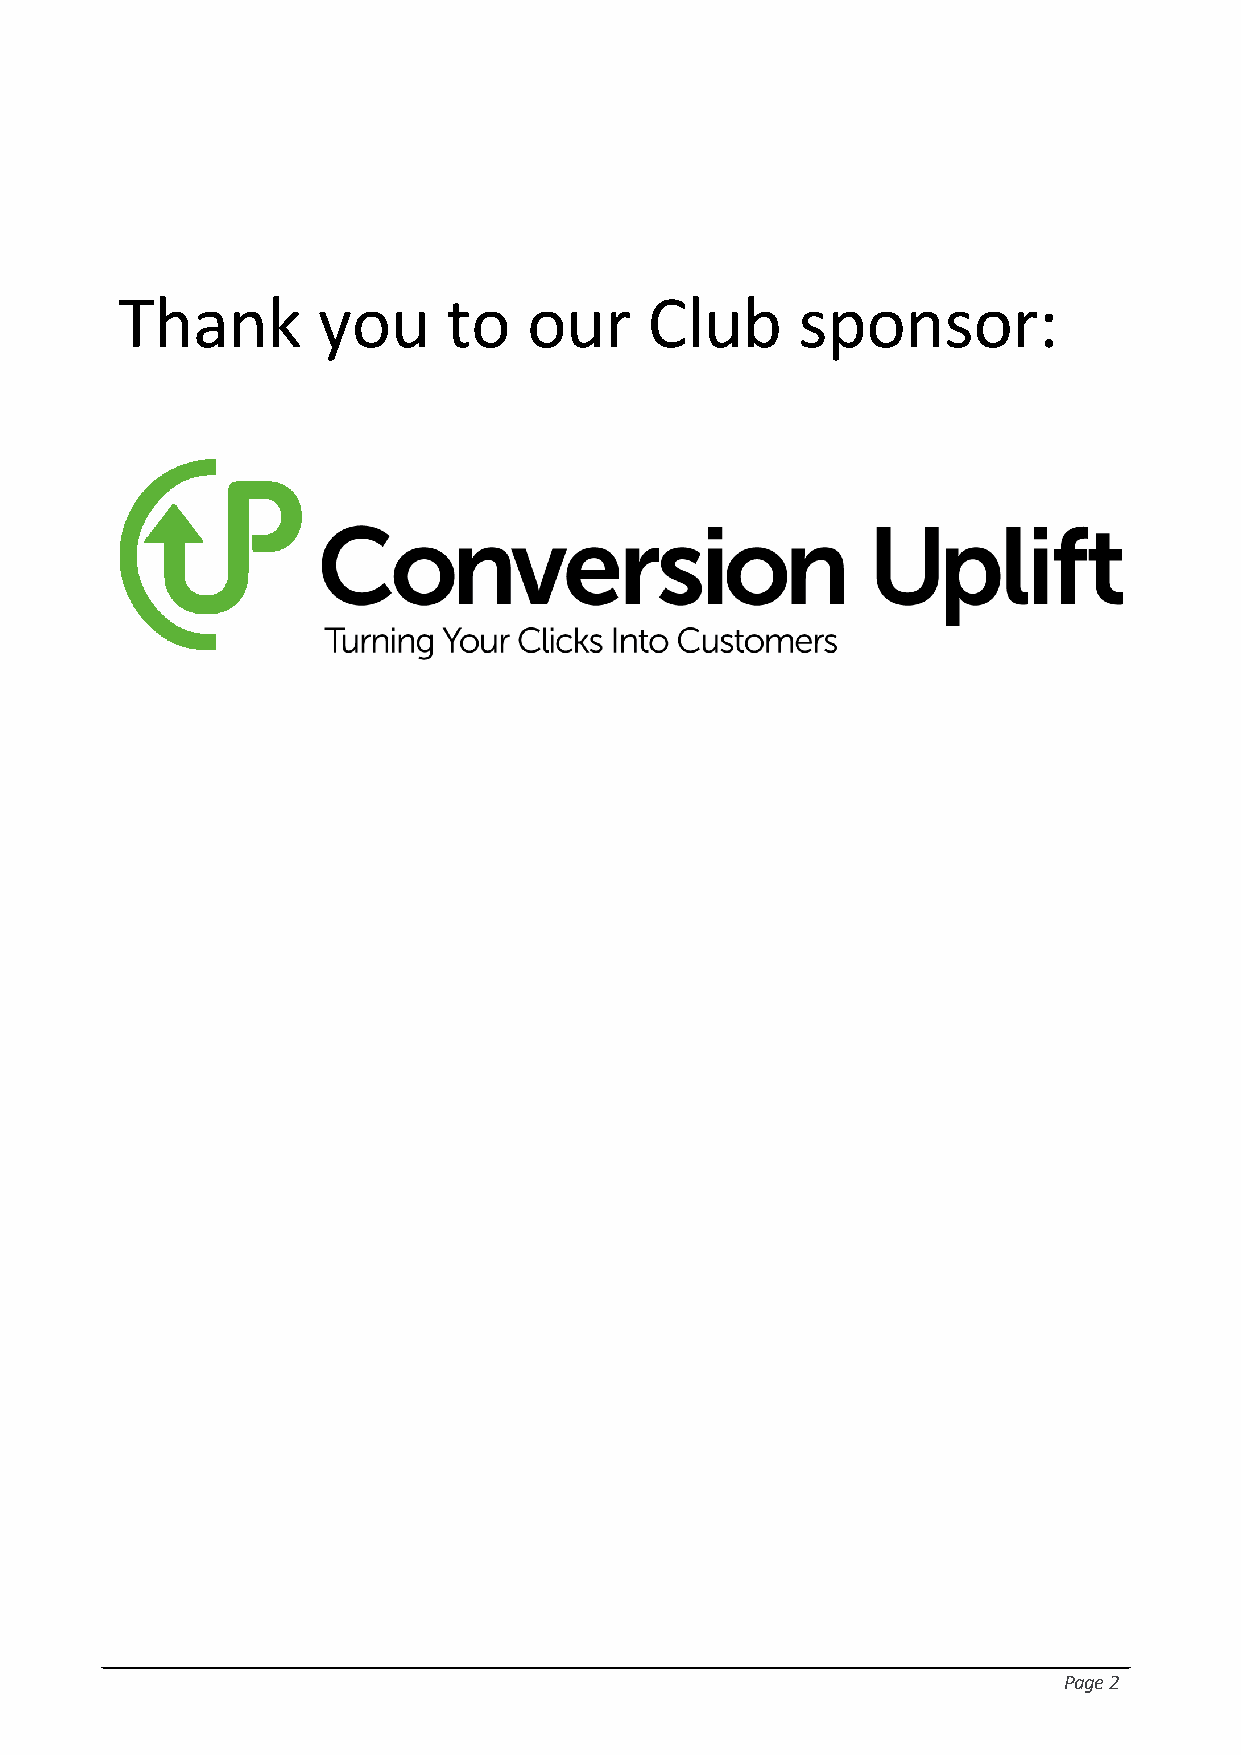
Thank        you      to   our     Club      sponsor:
 Page 2